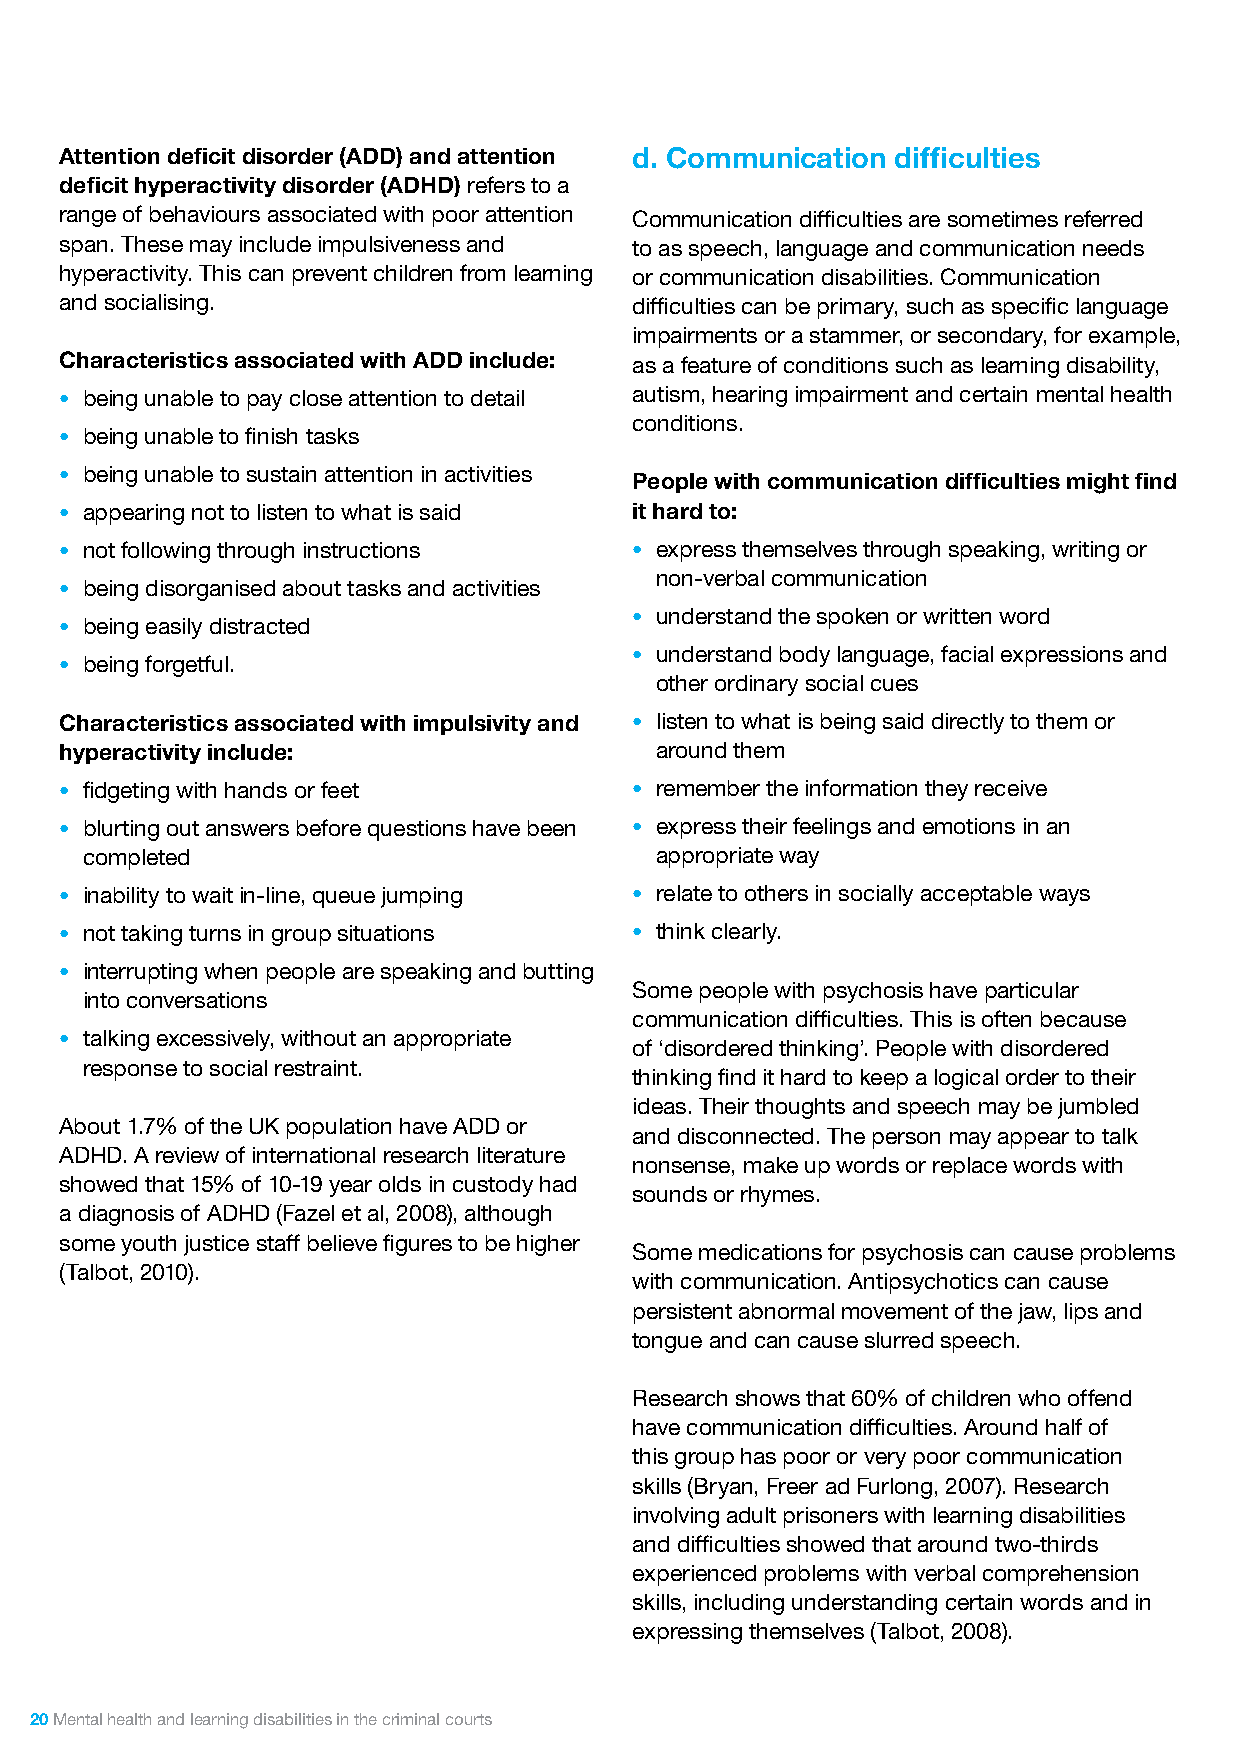
Attention deficit disorder (ADD) and attention d. Communication difficulties
 deficit hyperactivity disorder (ADHD) refers to a
 range of behaviours associated with poor attention Communication difficulties are sometimes referred
 span. These may include impulsiveness and to as speech, language and communication needs
 hyperactivity. This can prevent children from learning or communication disabilities. Communication
 and socialising.                      difficulties can be primary, such as specific language
 impairments or a stammer, or secondary, for example,
 Characteristics associated with ADD include: as a feature of conditions such as learning disability,
 • being unable to pay close attention to detail autism, hearing impairment and certain mental health
 conditions.
 • being unable to finish tasks
 • being unable to sustain attention in activities People with communication difficulties might find
 • appearing not to listen to what is said it hard to:
 • not following through instructions  • express themselves through speaking, writing or
 non-verbal communication
 • being disorganised about tasks and activities
 • understand the spoken or written word
 • being easily distracted
 • understand body language, facial expressions and
 • being forgetful.
 other ordinary social cues
 Characteristics associated with impulsivity and • listen to what is being said directly to them or
 hyperactivity include:                 around them
 • fidgeting with hands or feet        • remember the information they receive
 • blurting out answers before questions have been • express their feelings and emotions in an
 completed                             appropriate way
 • inability to wait in-line, queue jumping • relate to others in socially acceptable ways
 • not taking turns in group situations • think clearly.
 • interrupting when people are speaking and butting
 Some people with psychosis have particular
 into conversations
 communication difficulties. This is often because
 • talking excessively, without an appropriate
 of ‘disordered thinking’. People with disordered
 response to social restraint.
 thinking find it hard to keep a logical order to their
 ideas. Their thoughts and speech may be jumbled
 About 1.7% of the UK population have ADD or
 and disconnected. The person may appear to talk
 ADHD. A review of international research literature
 nonsense, make up words or replace words with
 showed that 15% of 10-19 year olds in custody had
 sounds or rhymes.
 a diagnosis of ADHD (Fazel et al, 2008), although
 some youth justice staff believe figures to be higher
 Some medications for psychosis can cause problems
 (Talbot, 2010).
 with communication. Antipsychotics can cause
 persistent abnormal movement of the jaw, lips and
 tongue and can cause slurred speech.
 Research shows that 60% of children who offend
 have communication difficulties. Around half of
 this group has poor or very poor communication
 skills (Bryan, Freer ad Furlong, 2007). Research
 involving adult prisoners with learning disabilities
 and difficulties showed that around two-thirds
 experienced problems with verbal comprehension
 skills, including understanding certain words and in
 expressing themselves (Talbot, 2008).
 20 Mental health and learning disabilities in the criminal courts